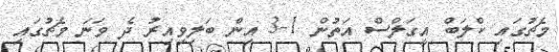
މެޗުގައި ކްލަބް އީގަލްސް އަތުން 1-3 އިން ބަލިވިއިރު ދެ ވަނަ މެޗުގައި